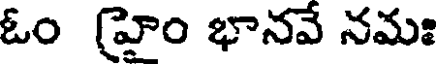
ఓం (హైం భానవే నమః